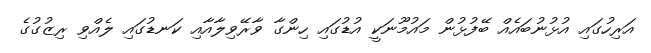
އަރިހުގައި އުޅުނުބައެއް ބޭފުޅުން މައުމޫނަކީ އުޑުގައި ހިންގާ ވާރޭވިލާއާއި ކަނޑުގައި ލެއްވި ރިޒުގުގެ